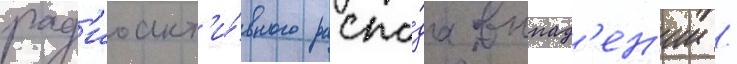
рад'иоакт'и́вного распа́да выпад'ен'ии /